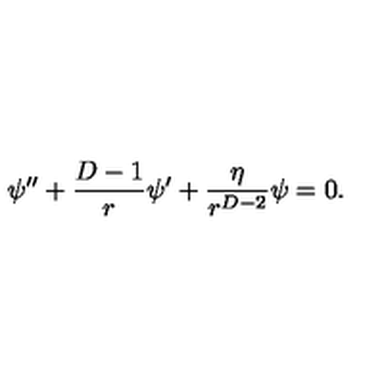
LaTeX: \psi ^ { \prime \prime } + \frac { D - 1 } { r } \psi ^ { \prime } + \frac { \eta } { r ^ { D - 2 } } \psi = 0 .